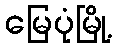
မြေပုံမြို့